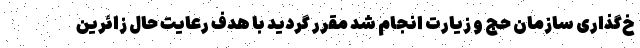
خ‌گذاری سازمان حج و زیارت انجام شد مقرر گردید با هدف رعایت حال زائرین